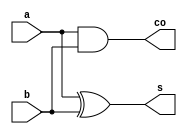
//Half Adder
module ha(a, b, s, co);
	input a, b;
	output s, co;
	//_xor2 U0_xor2(.a(a), .b(b), .y(s));
	//_and2 U1_and2(.a(a), .b(b), .y(co));
	assign s = a ^ b;
	assign co = a & b;
endmodule